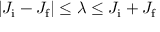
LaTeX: | J _ { \mathrm { i } } - J _ { \mathrm { f } } | \leq \lambda \leq J _ { \mathrm { i } } + J _ { \mathrm { f } }